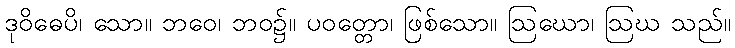
ဒုဝိဓေပိ၊ သော။ ဘဝေ၊ ဘဝ၌။ ပဝတ္တော၊ ဖြစ်သော။ ဩဃော၊ ဩဃ သည်။